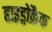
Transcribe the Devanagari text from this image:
हाइड्रोक्रैक